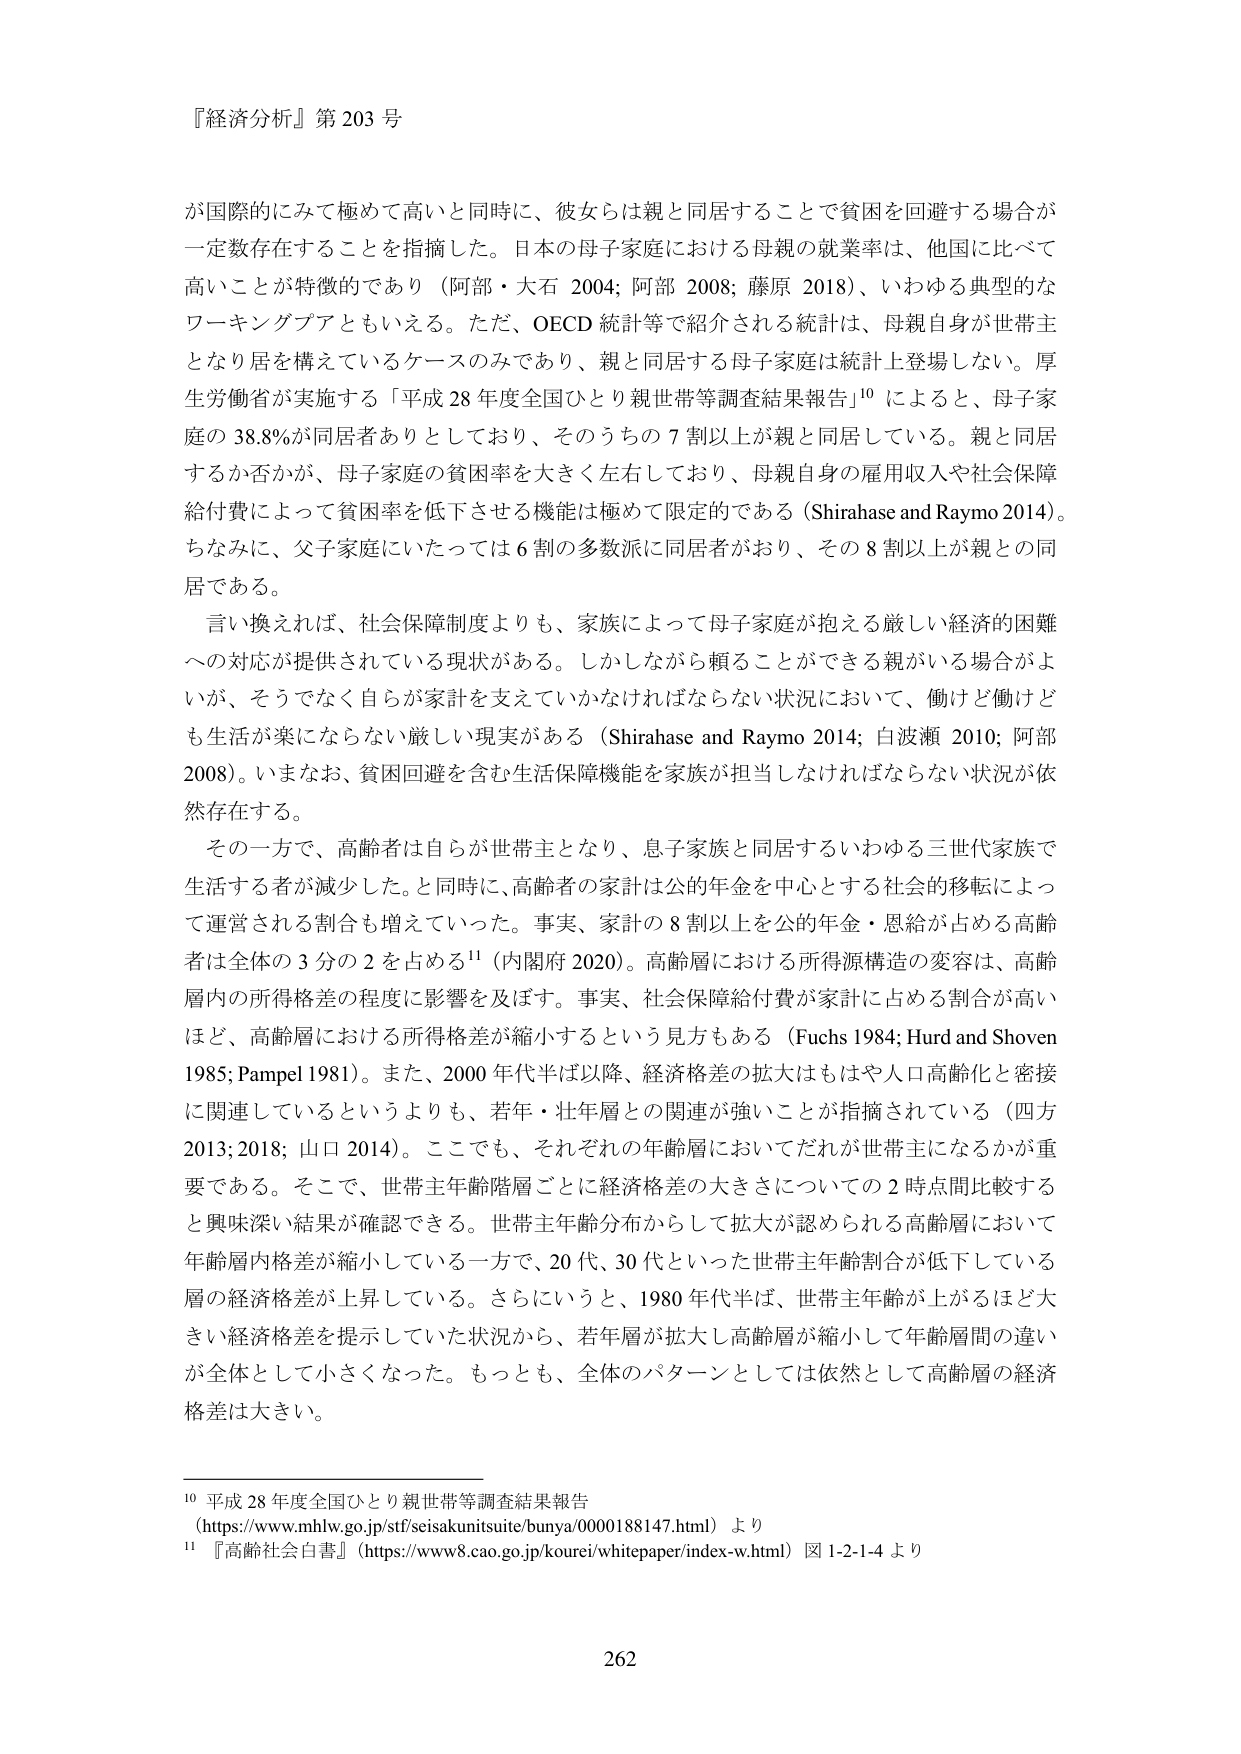
『経済分析』第203号

が国際的にみて極めて高いと同時に、彼女らは親と同居することで貧困を回避する場合が一定数存在することを指摘した。日本の母子家庭における母親の就業率は、他国に比べて高いことが特徴的であり（阿部・大石 2004; 阿部 2008; 藤原 2018）、いわゆる典型的なワーキングプアともいえる。ただ、OECD 統計等で紹介される統計は、母親自身が世帯主となり居を構えているケースのみであり、親と同居する母子家庭は統計上登場しない。厚生労働省が実施する「平成28年度全国ひとり親世帯等調査結果報告」¹⁰によると、母子家庭の38.8%が同居者ありとしており、そのうちの7割以上が親と同居している。親と同居するか否かが、母子家庭の貧困率を大きく左右しており、母親自身の雇用収入や社会保障給付費によって貧困率を低下させる機能は極めて限定的である（Shirahase and Raymo 2014）。ちなみに、父子家庭にいたっては6割の多数派に同居者がおり、その8割以上が親との同居である。

言い換えれば、社会保障制度よりも、家族によって母子家庭が抱える厳しい経済的困難への対応が提供されている現状がある。しかしながら頼ることができる親がいる場合がよいが、そうでなく自らが家計を支えていかなければならない状況において、働けど働けども生活が楽にならない厳しい現実がある（Shirahase and Raymo 2014; 白波瀬 2010; 阿部 2008）。いまなお、貧困回避を含む生活保障機能を家族が担当しなければならない状況が依然存在する。

その一方で、高齢者は自らが世帯主となり、息子家族と同居するいわゆる三世代家族で生活する者が減少した。と同時に、高齢者の家計は公的年金を中心とする社会的移転によって運営される割合も増えていった。事実、家計の8割以上を公的年金・恩給が占める高齢者は全体の3分の2を占める¹¹（内閣府 2020）。高齢層における所得源構造の変容は、高齢層内の所得格差の程度に影響を及ぼす。事実、社会保障給付費が家計に占める割合が高いほど、高齢層における所得格差が縮小するという見方もある（Fuchs 1984; Hurd and Shoven 1985; Pampel 1981）。また、2000年代半ば以降、経済格差の拡大はもはや人口高齢化と密接に関連しているというよりも、若年・壮年層との関連が強いことが指摘されている（四方 2013; 2018; 山口 2014）。ここでも、それぞれの年齢層においてだれが世帯主になるかが重要である。そこで、世帯主年齢階層ごとに経済格差の大きさについての2時点間比較すると興味深い結果が確認できる。世帯主年齢分布からして拡大が認められる高齢層において年齢層内格差が縮小している一方で、20代、30代といった世帯主年齢割合が低下している層の経済格差が上昇している。さらにいうと、1980年代半ば、世帯主年齢が上がるほど大きい経済格差を提示していた状況から、若年層が拡大し高齢層が縮小して年齢層間の違いが全体として小さくなった。もっとも、全体のパターンとしては依然として高齢層の経済格差は大きい。

¹⁰ 平成28年度全国ひとり親世帯等調査結果報告
（https://www.mhlw.go.jp/stf/seisakunitsuite/bunya/0000188147.html）より

¹¹ 『高齢社会白書』（https://www8.cao.go.jp/koure/whitepaper/index-w.html）図1-2-1-4より

262